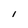
Character: I